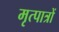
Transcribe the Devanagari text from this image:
मृत्पात्रों